Memorandum on the prevention of leprosy by segregation of the affected
Disease focus: Leprosy
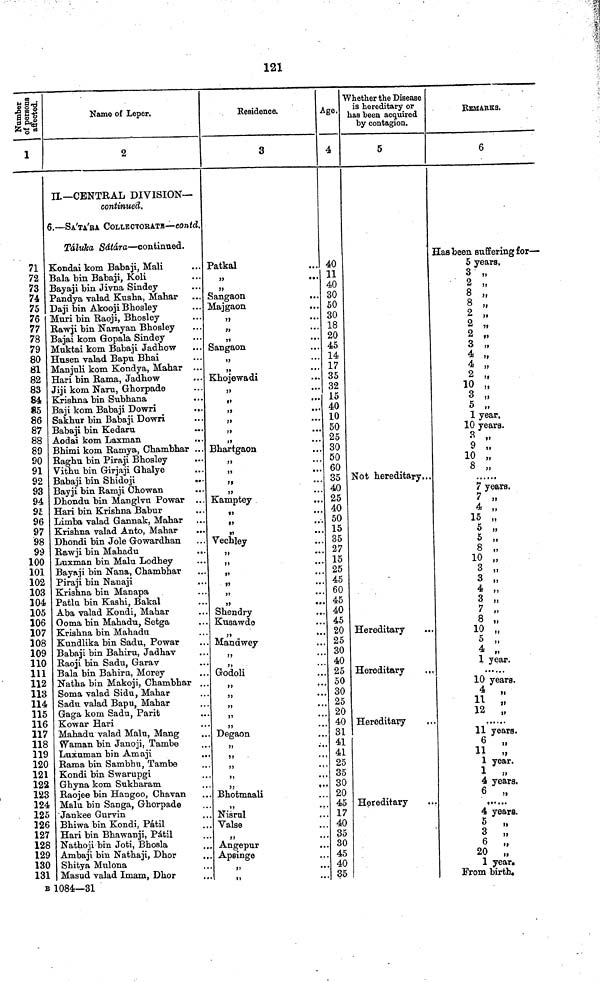
121
1
71
72
73
74
75
76
77
78
79
80
81
82
83
84
85
86
87
88
89
90
91
92
93
94
95
96
97
98
99
100
101
102
103
104
105
106
107
108
109
110
111
112
113
114
115
116
117
118
119
120
121
122
123
124
125
126
127
128
129
130
131
B
Name of Leper.
2
II—CENTRAL DIVISION—
continued.
6.—SA'TA'BA COLLECTORATB—contd.
Táluka
Sátára—continued.
Kondai kom Babaji, Mali
Bala bin Babaji, Koli
Bayaji bin Jivna Sindey
Pandya valad Kusha, Mahar
Daji bin Akooji Bhosley
Muri bin Raqji, Bbosley
Rawji bin Narayan Bbosley
Bajai kom. Gopala Sindey
Muktai kom Babaji Jadhow
Hnsen valad Bapu Bbai
Manjuli kom Kondya, Mabar ...
Hari bin Rama, Jadbow
Jiji kom Naru, Gborpade
Krishna bin Subbana
Baji kom Babaji Dowri
Sakhur bin Babaji Dowri
Babaji bin Kedaru
Aodai kom Laxman
Bhimi kom Ramya, Chambhar ...
Ragbu bin Piraji Bbosley
Vithu bin Girjaji Gbalye
Babaji bin Shidoji
Bayji bin Ramji Chowan
Dhondn bin Manglvu Powar ...
Hari bin Krishna Babur
Limba valad Gannak, Mahar
Krishna valad Anto, Mahar
Dhondi bin Jole Gowardhan
Rawji bin Mahadu
Luxman bin Malu Lodhey
Bayaji bin Nana, Chambhar
Piraji bin Nanaji
Krishna bin Manapa
Patlu bin Kashi, Bakal
Aba valad Kondi, Mahar
Ooma bin Mahadu, Setga
Krishna bin Mahadu
Kundlika bin Sadu, Powar
Babaji bin Bahiru, Jadhav
Raoji bin Sadu, Garav
Bala bin Bahira, Morey
Natha bin Makoji, Chambhar ...
Soma valad Sidu, Mahar
Sadu valad Bapu, Mahar
Gaga kom Sadu, Parit
Kowar Hari
Mahadu valad Malu, Mang
Waman bin Janoji, Tambe
Luxaman bin Amaji
Rama bin Sambhu, Tambe
Kondi bin Swarupgi
Ghyna kom Sukharam
Raojee bin Hangoo, Chavan
Malu bin Sanga, Ghorpade
Jankee Gurvin
Bhiwa bin Kondi, Patii
Hari bin Bhawanji, Patii
Nathoji bin Joti, Bhosla
Ambaji bin Nathaji, Dhor
Shitya Mnlona
Masud valad Imam, Dhor
1084—31
Residence.
3
Patkal
»
Sangaon
...
Majgaon
,,
...
Sangaon
,,
...
,,
...
Khojewadi
>>
•••
Bhartgaon
Kamptey
Vechley
11
...
Shendry
Kusawde
Mandwey
Godoli
Degaon
Bhotmaali
Nisrul
Valse
Angepur
Apsinge
Age.
4
40
11
40
30
50
30
18
20
45
14
17
35
32
15
40
10
50
25
30
50
60
35
40
25
40
50
15
35
27
15
25
45
60
45
40
45
20
25
30
40
25
50
30
25
20
40
31
41
41
25
35
30
20
45
17
40
35
30
45
40
35
Whether the Disease
is hereditary or
has been acquired
by contagion.
5
Not hereditary...
Hereditary
Hereditary
.,.
Hereditary
Hereditary
REMARKS.
6
Has been suffering for—
5 years,
3 „
2 „
8 „
8 „
2 „
2 „
2 „
3 „
4 „
4 „
2 „
10 „
3 „
5 „
1 year.
10 years.
3 „
9 „
10 „
8 ,,
7 years.
7
4 „
15 „
5 „
5 „
8 „
10 „
3 „
3 ,,
4 „
3 „
7 „
8 „
10 „
5 ,,
4 „
1 year.
10 years.
4
,,
11
12
„
11 years.
6
11
"
1 year.
1
4 years.
6
4 years.
5
3
,,
6
„
20
„
1 year.
From birth.